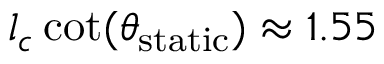
l _ { c } \cot ( \theta _ { \mathrm { s t a t i c } } ) \approx 1 . 5 5